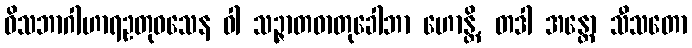
ဝိသဘာဂါဟာရဥတုဝသေန ဝါ သဉ္ဇာတဓာတုခေါဘာ ဟောန္တိ, တဒါ အန္တော သီသတော